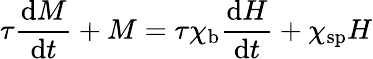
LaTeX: \tau{\frac{\mathrm{d}M}{\mathrm{d}t}}+M=\tau\chi_{\mathrm{b}}{\frac{\mathrm{d}H}{\mathrm{d}t}}+\chi_{\mathrm{sp}}H